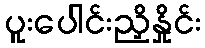
ပူးပေါင်းညှိနှိုင်း